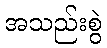
အသည်းစွဲ